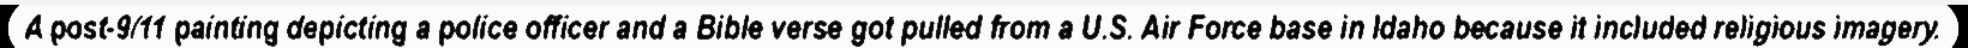
A post-9/11 painting depicting a police officer and a Bible verse got pulled from a U.S. Air Force base in Idaho because it included religious imagery.